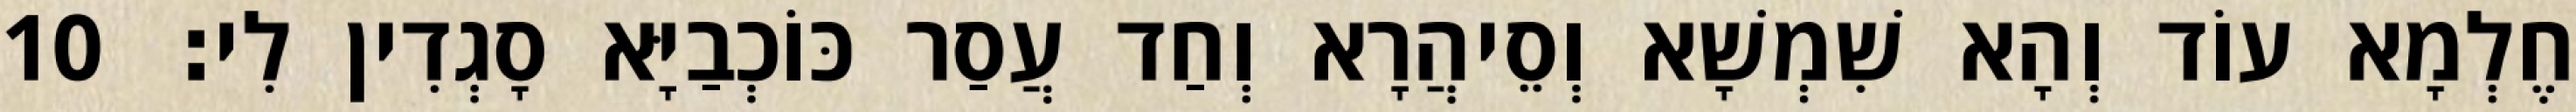
חֶלְמָא עוֹד וְהָא שִׁמְשָׁא וְסֵיהֲרָא וְחַד עֲסַר כּוֹכְבַיָּא סָגְדִין לִי׃ 10